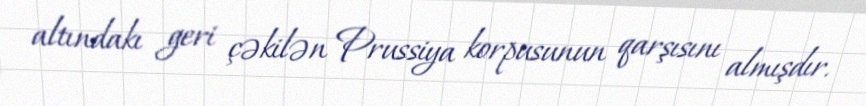
altındakı geri çəkilən Prussiya korpusunun qarşısını almışdır.